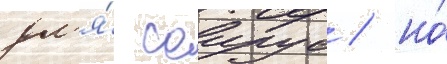
дл'я́ саирус / но́